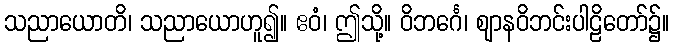
သညာယောတိ၊ သညာယောဟူ၍။ ဧဝံ၊ ဤသို့။ ဝိဘင်္ဂေ၊ ဈာနဝိဘင်းပါဠိတော်၌။